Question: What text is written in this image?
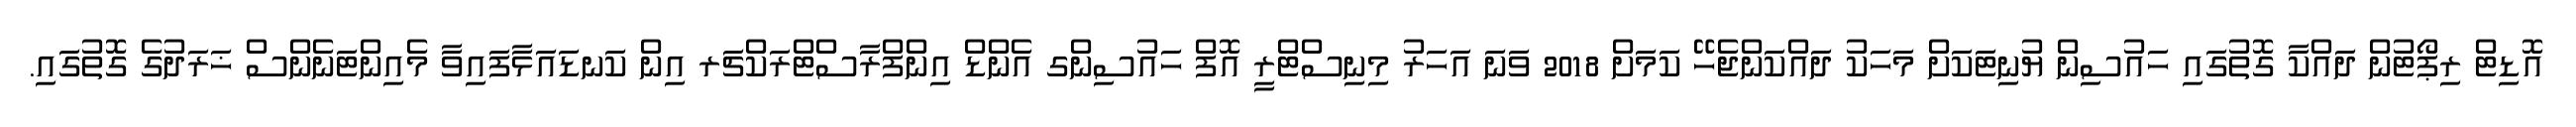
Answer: އޮޑިޓް ރިޕޯޓުން ދައްކާ ގޮތުގައި ހައުސިން ޔުނިޓަކަށް މަހަކު ދައްކަންޖެހޭ ކަމަށް 2018 ވަނަ އަހަރު މިނިސްޓްރީ އޮފް ހައުސިންގ އެންޑް އިންފްރާސްޓްރަކްޗަރ އިން ކަނޑައަޅާފައިވާ މެއިންޓަނެންސް ޚަރަދުގެ ގޮތުގައި.